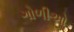
ગોળીઓ